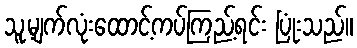
သူ့မျက်လုံးထောင့်ကပ်ကြည့်ရင်း ပြုံးသည်။